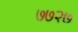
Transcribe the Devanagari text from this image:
७७२७